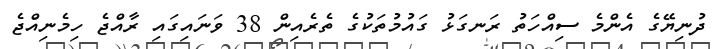
ދުނިޔޭގެ އެންމެ ސިއްހަތު ރަނގަޅު ގައުމުތަކުގެ ތެރެއިން 38 ވަނައިގައި ރާއްޖެ ހިމެނިއްޖެ